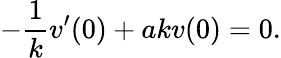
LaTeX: -{\frac{1}{k}}v^{\prime}(0)+akv(0)=0.